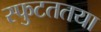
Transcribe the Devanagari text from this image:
स्फुटततया